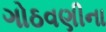
ગોઠવણીના